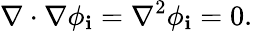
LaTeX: \nabla\cdot\nabla\phi_{\mathbf{i}}=\nabla^{2}\phi_{\mathbf{i}}=0.